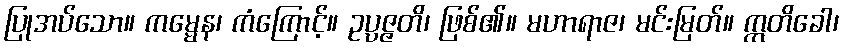
ပြုအပ်သော။ ကမ္မေန၊ ကံကြောင့်။ ဥပ္ပဇ္ဇတိ၊ ဖြစ်၏။ မဟာရာဇ၊ မင်းမြတ်။ ဣတိခေါ၊